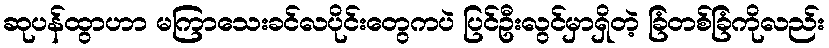
ဆုပန်ထွာဟာ မကြာသေးခင်လပိုင်းတွေကပဲ ပြင်ဦးလွင်မှာရှိတဲ့ ခြံတစ်ခြံကိုလည်း